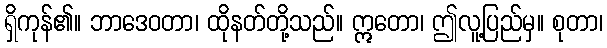
ရှိကုန်၏။ ဘာဒေဝတာ၊ ထိုနတ်တို့သည်။ ဣတော၊ ဤလူ့ပြည်မှ။ စုတာ၊